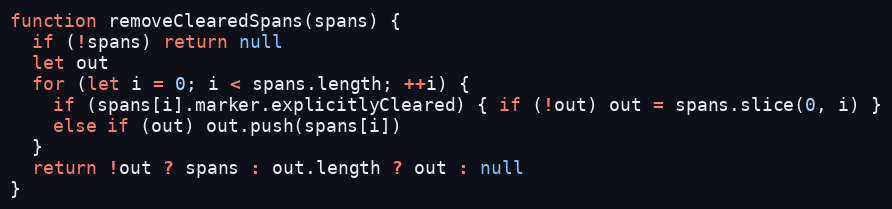
Language: JavaScript
function removeClearedSpans(spans) {
  if (!spans) return null
  let out
  for (let i = 0; i < spans.length; ++i) {
    if (spans[i].marker.explicitlyCleared) { if (!out) out = spans.slice(0, i) }
    else if (out) out.push(spans[i])
  }
  return !out ? spans : out.length ? out : null
}